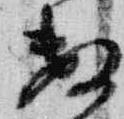
数